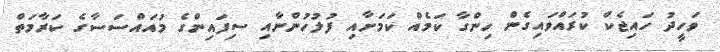
ވަހީދު ހައިޖެކް ކުރައްވައިގެން ހިންގާ ކަމެއް ކަމަށާއި ފުލުހުންނާއި ސިފައިންގެ މުއައްސަސާގެ ކަރާމަތް